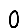
Digit: 0